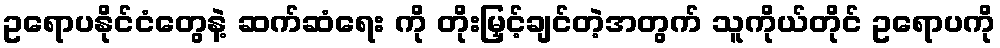
ဥရောပနိုင်ငံတွေနဲ့ ဆက်ဆံရေး ကို တိုးမြှင့်ချင်တဲ့အတွက် သူကိုယ်တိုင် ဥရောပကို